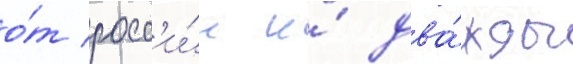
о́т росс'и́и и́ два́жды